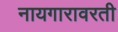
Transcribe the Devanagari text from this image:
नायगारावरती